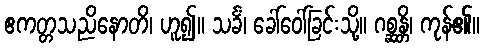
ဧကတ္တသညိနောတိ၊ ဟူ၍။ သင်္ခံ၊ ခေါ်ဝေါ်ခြင်းသို့။ ဂစ္ဆန္တိ၊ ကုန်၏။